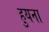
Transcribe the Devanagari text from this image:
हुयना